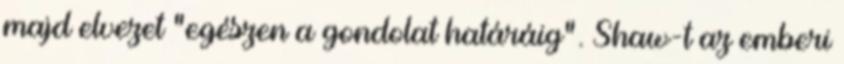
majd elvezet "egészen a gondolat határáig". Shaw-t az emberi